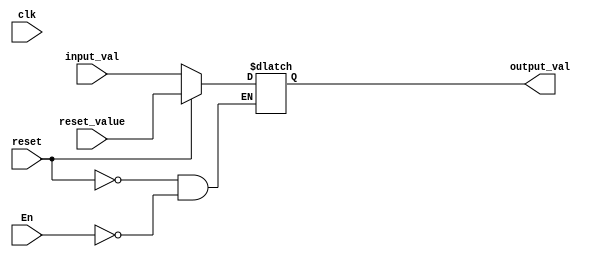

// In this it is clear that if reset is done then the value should take the same value as the value it contains. 
// But if the bubble occurs then nop operation gets implemented here
module bubble_reg64bit (clk,input_val,output_val,En,reset,reset_value);

input clk,reset,En;
input [63:0] input_val,reset_value;
output reg [63:0] output_val;

always@(*)
begin
  if(reset) output_val<=reset_value;
  else if(En) output_val<=input_val;
end

endmodule


// Using the above in the below, do procces the respective action
module pipeline_reg64 (clk,input_val,output_val,stall,bubble,bubble_val);

input clk,stall,bubble;
input [63:0] input_val,bubble_val;
output [63:0] output_val;

bubble_reg64bit uut4(clk,input_val,output_val,~stall,bubble,bubble_val);

endmodule


// This is used in writing the data memory
module reg64bit (clk,input_val,output_val,write_En,reset,reset_value);

input clk,reset,write_En;
input [63:0] input_val,reset_value;
output reg [63:0] output_val;

always@(*)
begin
  if(reset) output_val<=reset_value;
  else if(write_En) output_val<=input_val;
end
endmodule